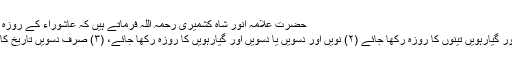
حضرت علامہ انور شاہ کشمیری رحمہ اللہ فرماتے ہیں کہ عاشوراء کے روزہ کی تین شکلیں ہیں:
(۱) نویں، دسویں اور گیارہویں تینوں کا روزہ رکھا جائے (۲) نویں اور دسویں یا دسویں اور گیارہویں کا روزہ رکھا جائے، (۳) صرف دسویں تاریخ کا روزہ رکھا جائے۔